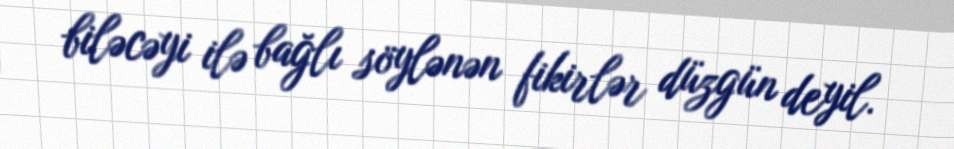
biləcəyi ilə bağlı söylənən fikirlər düzgün deyil.